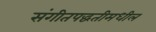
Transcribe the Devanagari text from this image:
संगीतपद्धतीमधील